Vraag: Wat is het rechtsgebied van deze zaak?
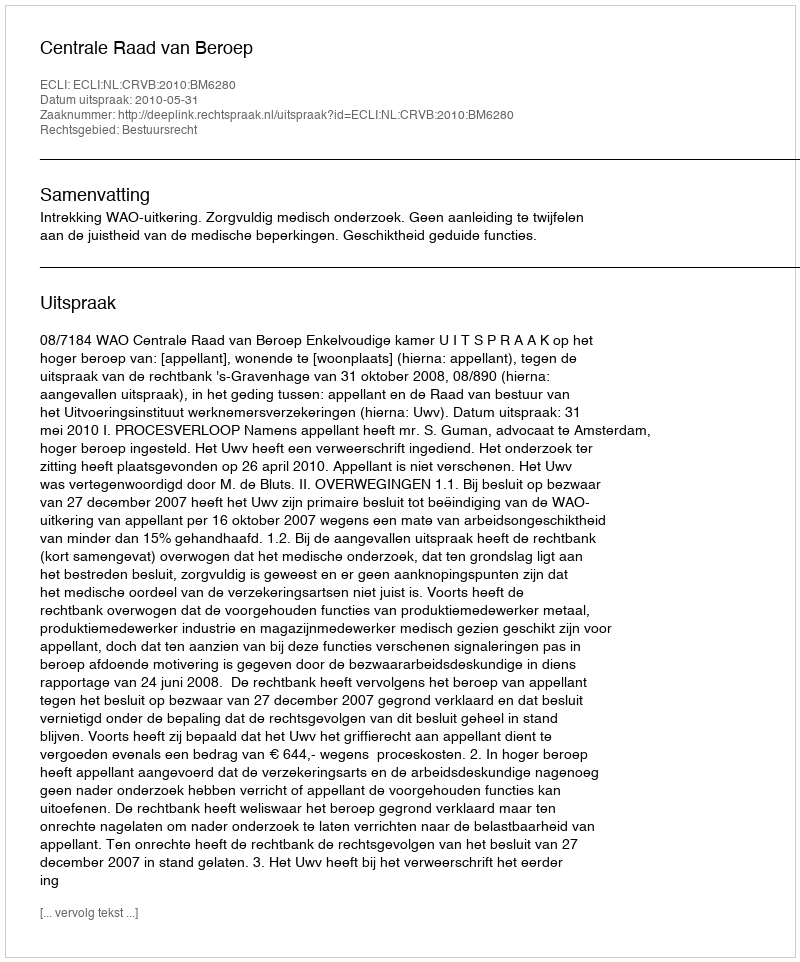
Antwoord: Bestuursrecht